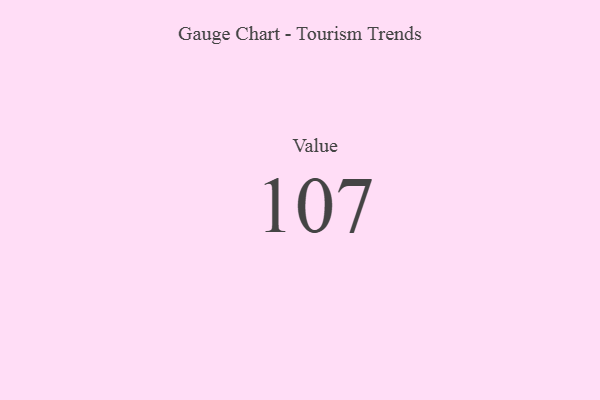
{"axis": {"x": "Metric", "y": "Value"}, "legend": [""], "data": [{"x": "Value", "y": 107, "type": ""}]}